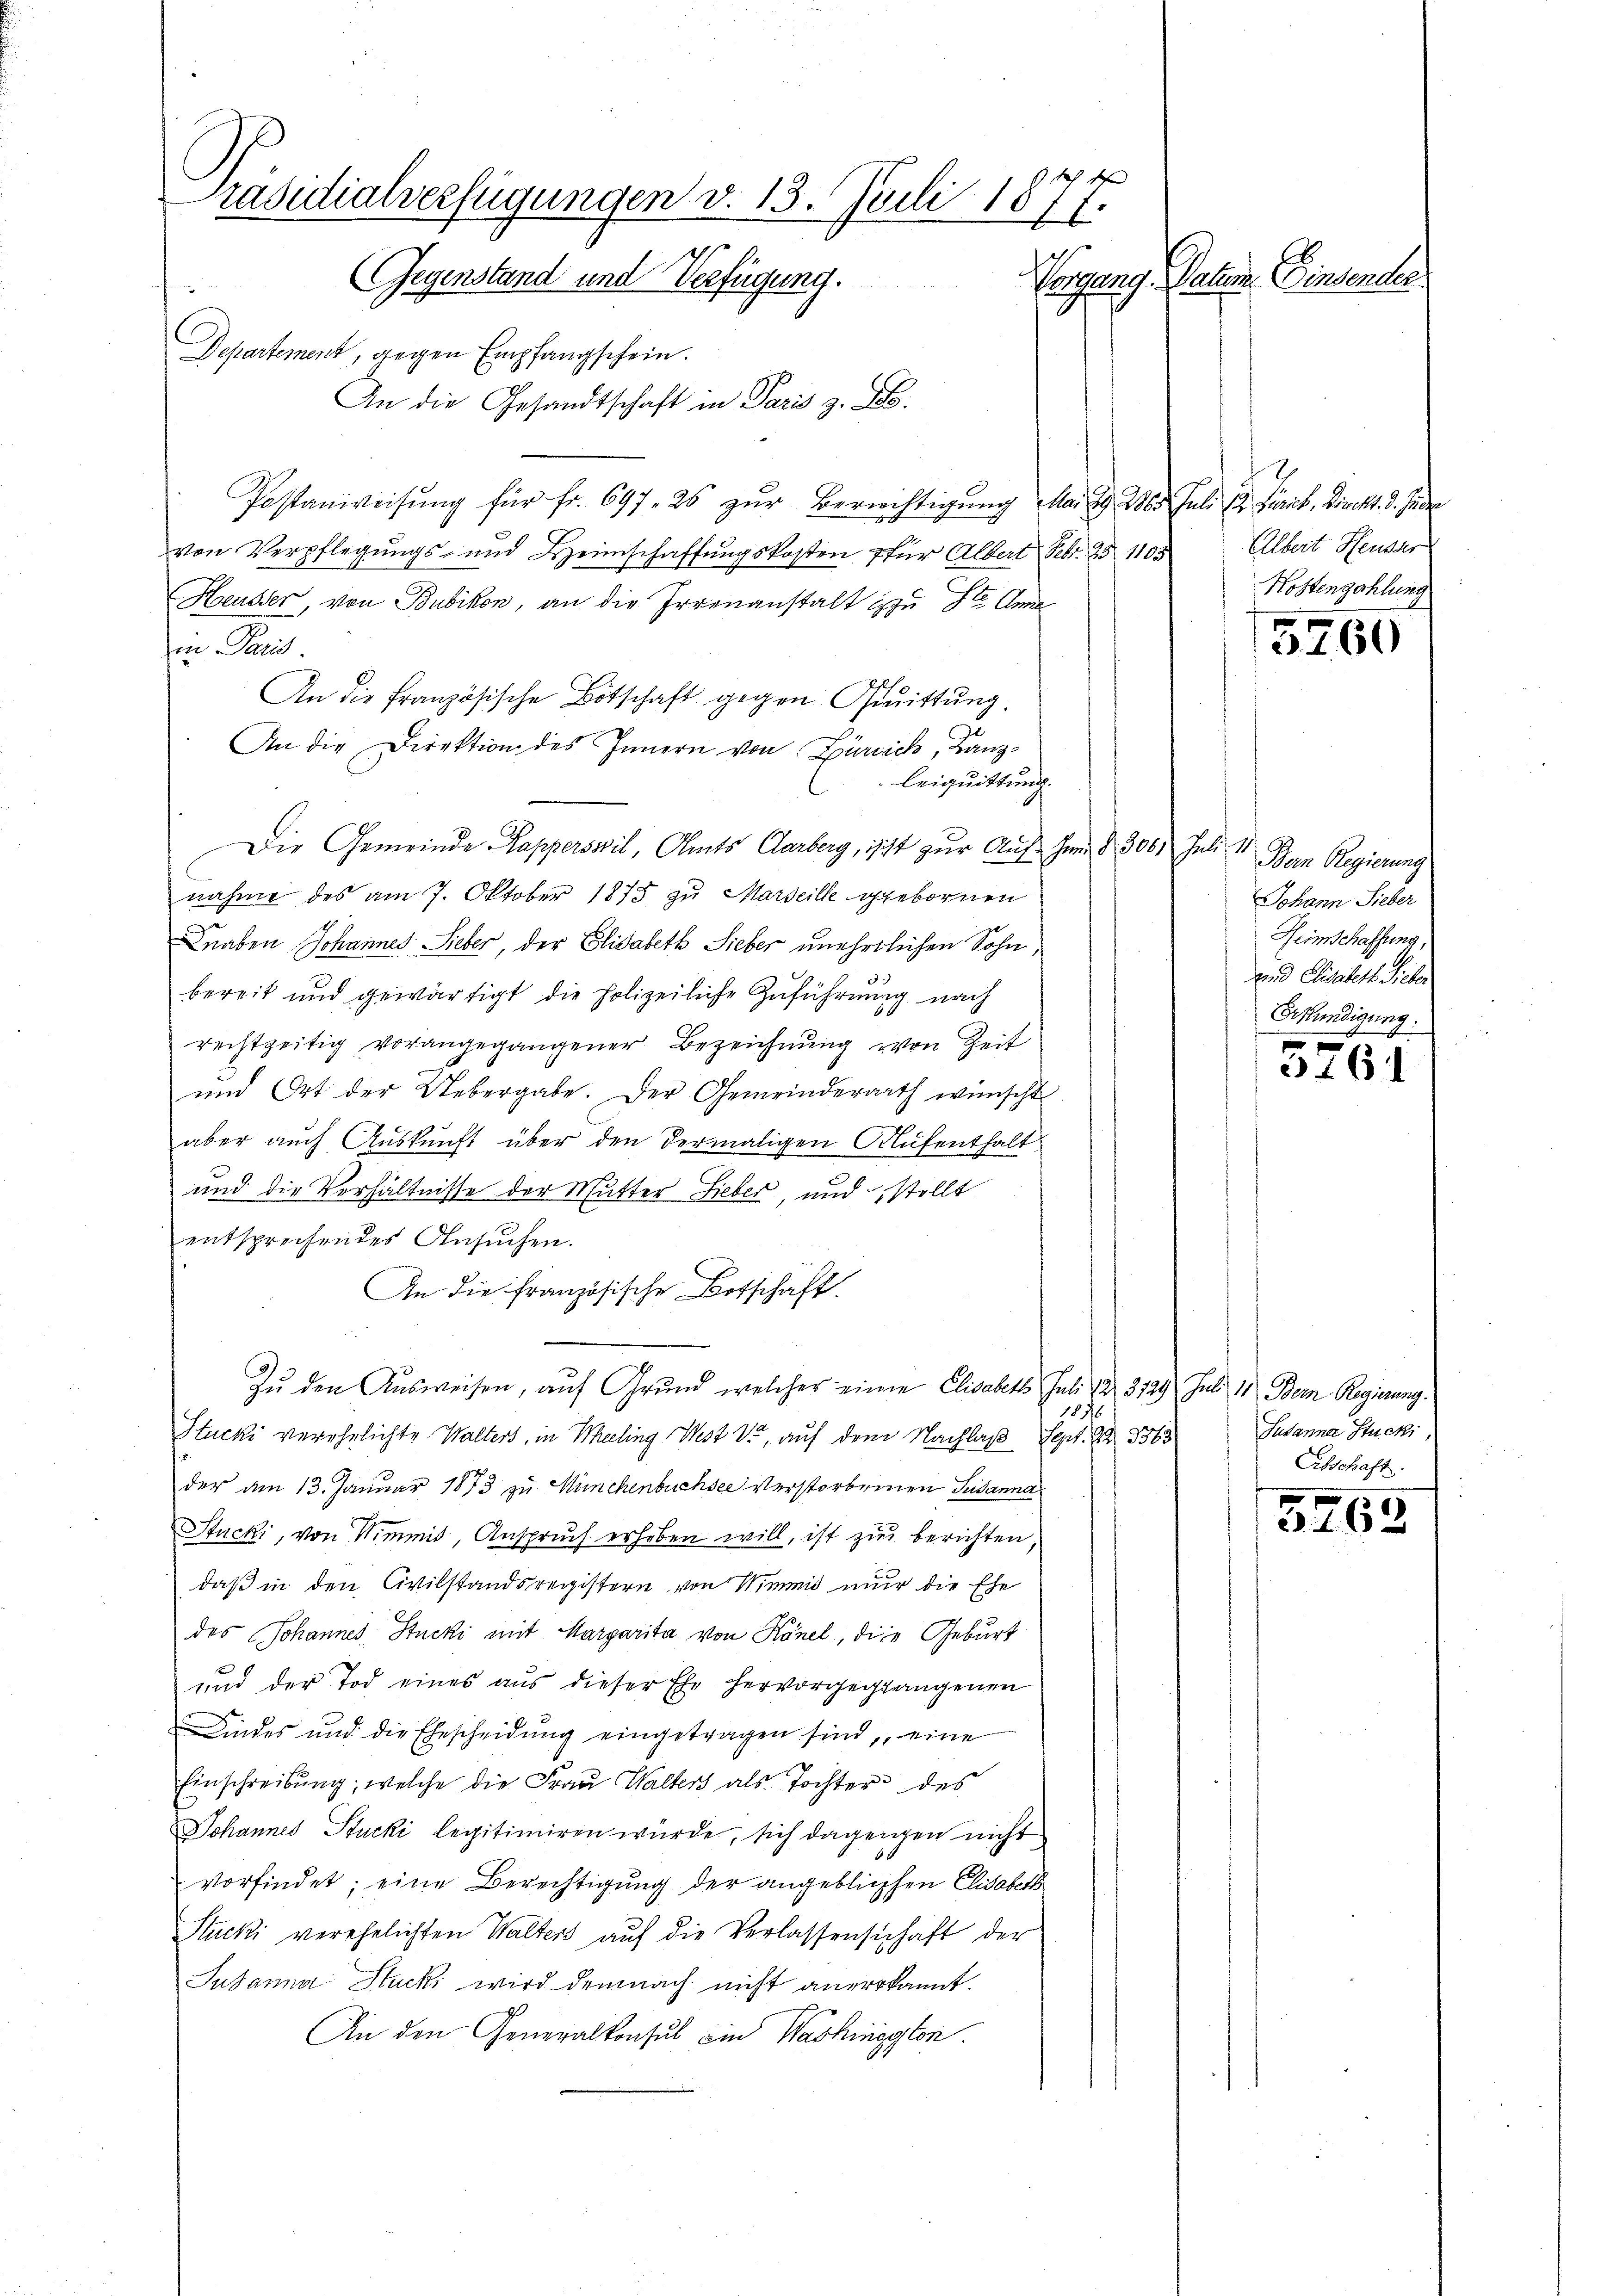
Präsidialverfügungen v. 13. Juli 1877.
(Gegenstand und Verfügung.
Vorgang Nation Einsender

Departement, gegen Empfangschein.
An die Gesandtschaft in Paris z. B.
Postanweisŭng für fr. 697. 25 zŭr Berichtigŭng Mai d. M. Juli 13. Ferieb, Direkt. d. Jede
von Verpflegungs- und Heimschaffungskosten 7 für Albert Febr. 151105
Hreusser von Bubikon, an die Irrenanstalt zu St. Am
i Paus
An die französische Botschaft gegen Quittung.
An die Direktion des Innern von Zürich, Kanzleiquittung.
Die Gemeinde Papperswil, Amts Clarberg, ischt zur Auf zum § 300. Julii Bern Regierung
nahme des am 7. Oktober 1873 zu Marseille gebornen
Knaben Johannes Sieber, der Elisabeth Sieber unehelichen Sohn
bereit und gewärtigt die Polizeiliche Zuführung nach
rechtzeitig vorangegangener Bezeichnung von Zeit
und Ort der Uebergabe. Der Gemeinderarth wünscht
aber auch Auskunft über den dermaligen Aufenthalt
und die Verhältnisse der Mutter Lieber, und stellt
entsprechendes Ansuchen.
An die französische Botschaft.
d
Zu den Ausweisen, auf Grund welcher einen Elisabett Juli 12. 3129 Juli 11 Bern Regierung.
78
Stucki verehelichte Walters, in Theiling West V., auf dem Nachlaß
Sept. 12. 1363
der am 13. Januar 1873 zu Münchenbuchsee verstorbenen Susanna
Stucki, von Wimmis, Anspruch erhoben will, ist zu berichten,
daß in den Civilstandsregistern von Wimmit nur die Ehe
des Johannes Stucki mit Margarita von Känel, die Geburt
und der Tod eines aus dieser Ehe hervorgegangenen
Kindes und die Ehescheidŭng eingetragen sind, eine
Einschreibung, welche die Frau Walters als Tochter des
Johannes Stucki legitimiren würde, sich dagengen nicht
vorfindet; eine Berechtigung der angeblichen Elisabeth
Stucki verehelichten Walters auf die Verlassenschaft der
Susanna Stucki wird demnach nicht anerkannt.
An den Generalkonsul ein Washington

Albert Heuser
Kostenzahlung

3260

Johann Sieber
Heimschaffung,
und Elisabett Sicher
Erkündigung.

5761

Susanna Stucki,
Abschaft.

3262